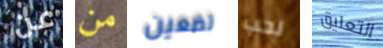
عن من تضعين لحب التعليق